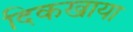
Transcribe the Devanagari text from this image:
दिकखाया